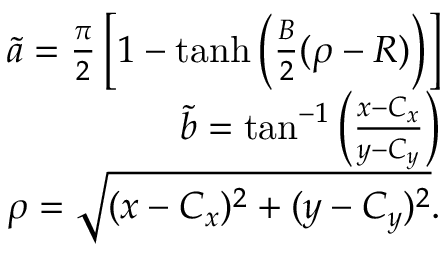
\begin{array} { r l r } & { } & { \tilde { a } = \frac { \pi } { 2 } \left[ 1 - \operatorname { t a n h } \left( \frac { B } { 2 } ( \rho - R ) \right) \right] } \\ & { } & { \tilde { b } = \tan ^ { - 1 } \left( \frac { x - C _ { x } } { y - C _ { y } } \right) } \\ & { } & { \rho = \sqrt { ( x - C _ { x } ) ^ { 2 } + ( y - C _ { y } ) ^ { 2 } } . } \end{array}